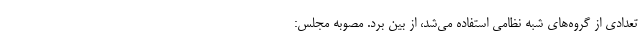
تعدادی از گروه‌های شبه نظامی استفاده می‌شد، از بین برد. مصوبه مجلس: